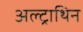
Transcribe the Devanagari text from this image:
अल्ट्राथिन